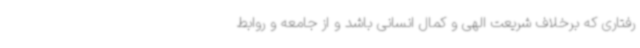
رفتاری که برخلاف شریعت الهی و کمال انسانی باشد و از جامعه و روابط